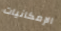
الإمكانيات